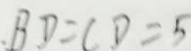
B D = C D = 5